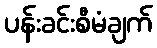
ပန်းခင်းစီမံချက်